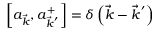
\left[ a _ { \vec { k } } , a _ { { \vec { k } } ^ { ' } } ^ { + } \right] = \delta \left( \vec { k } - { \vec { k } } ^ { ' } \right)